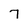
Character: 7